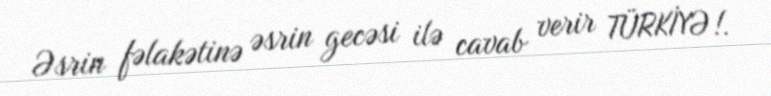
Əsrin fəlakətinə əsrin gecəsi ilə cavab verir TÜRKİYƏ!.